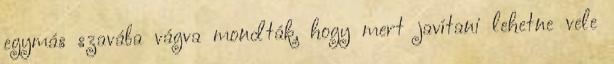
egymás szavába vágva mondták, hogy mert javítani lehetne vele